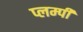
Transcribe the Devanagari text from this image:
प्लम्पी